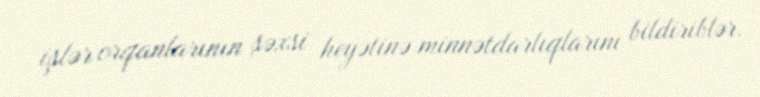
işlər orqanlarının şəxsi heyətinə minnətdarlıqlarını bildiriblər.